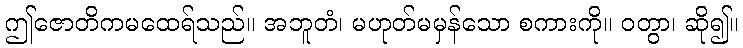
ဤဇောတိကမထေရ်သည်။ အဘူတံ၊ မဟုတ်မမှန်သော စကားကို။ ဝတွာ၊ ဆို၍။